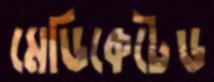
মেডিকেটেড